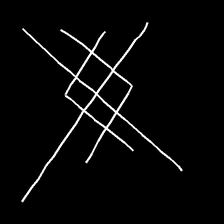
Glyph: crystal